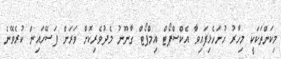
މިކަންތަކަކީ މިހާރު ހުށަހެޅިފައިވާ އެކްސްޕޯޓް އިމްޕޯޓް ގާނޫނު މެދުވެރިކޮށް ވަރަށް ފަސޭހައިން ކުރެވޭނެ